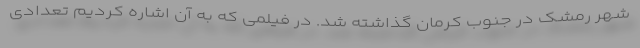
شهر رمشک در جنوب کرمان گذاشته شد. در فیلمی که به آن اشاره کردیم تعدادی